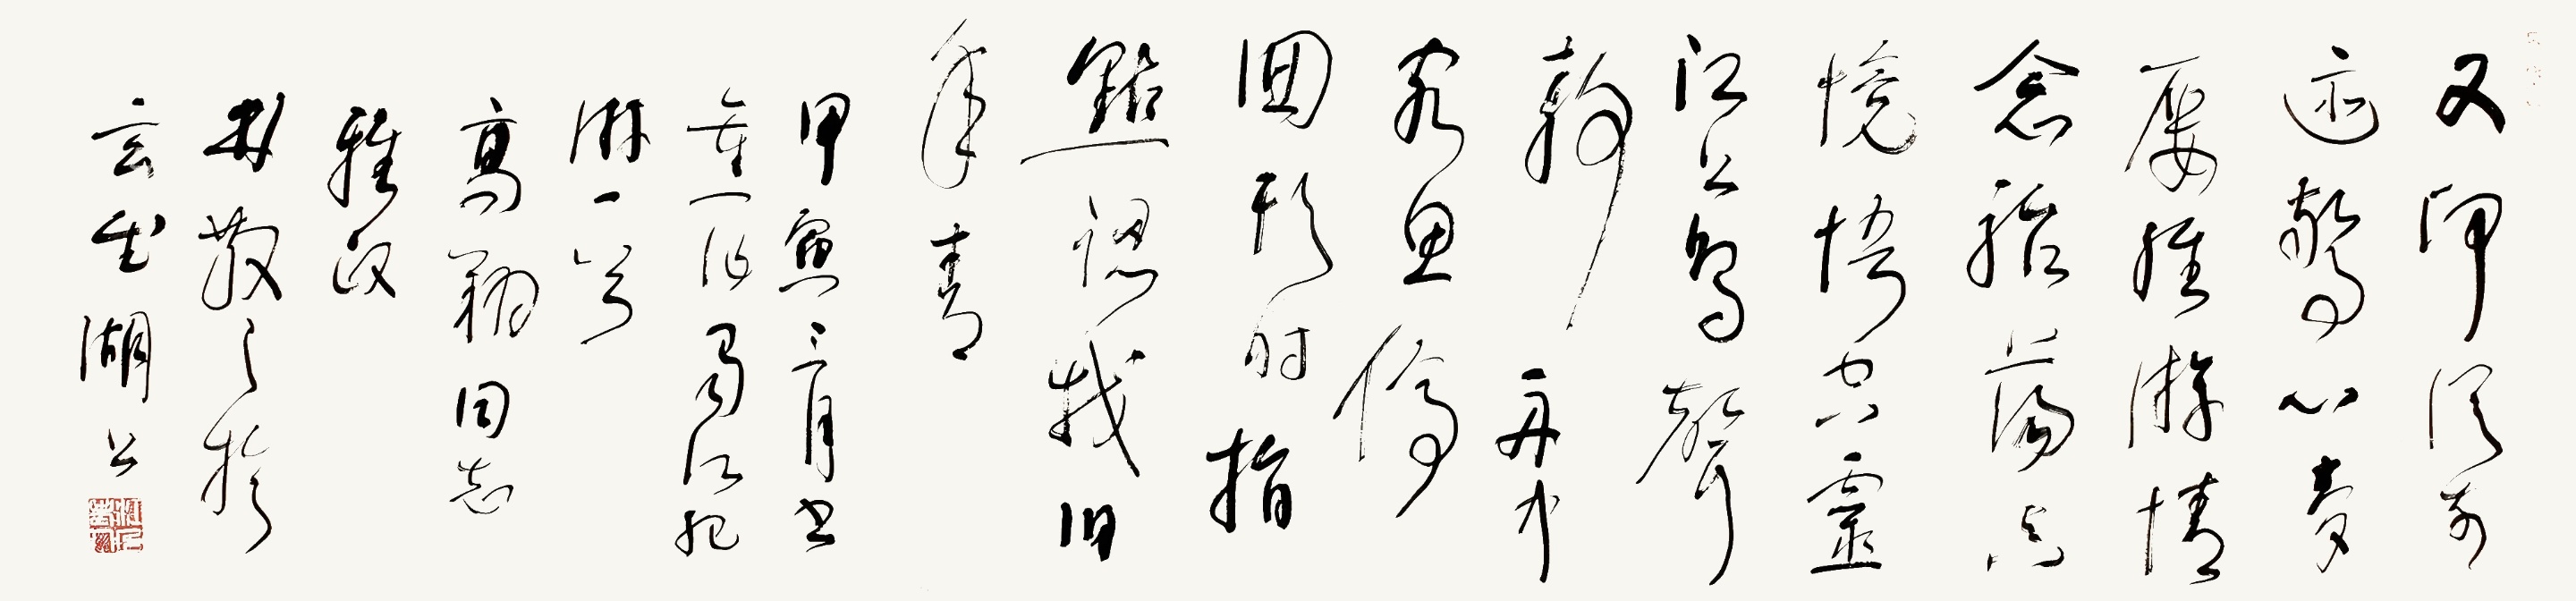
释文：又印从前迹，惊心梦屡经。游情念骀荡，真境悟空灵。江上鸟声静，舟中客思停。回头时指点，认我旧年青。甲寅三月，书旧作《蜀江纪游》一首。高翔同志雅政，林散之于玄武湖上。